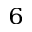
^ 6